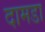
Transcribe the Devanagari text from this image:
दामडा